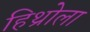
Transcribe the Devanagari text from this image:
हिथ्रोला